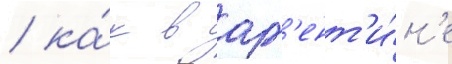
/ ка́к в арг'ент'и́н'е